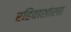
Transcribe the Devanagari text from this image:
रहिवाशांसह